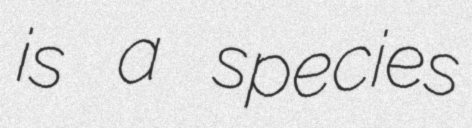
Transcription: is a species